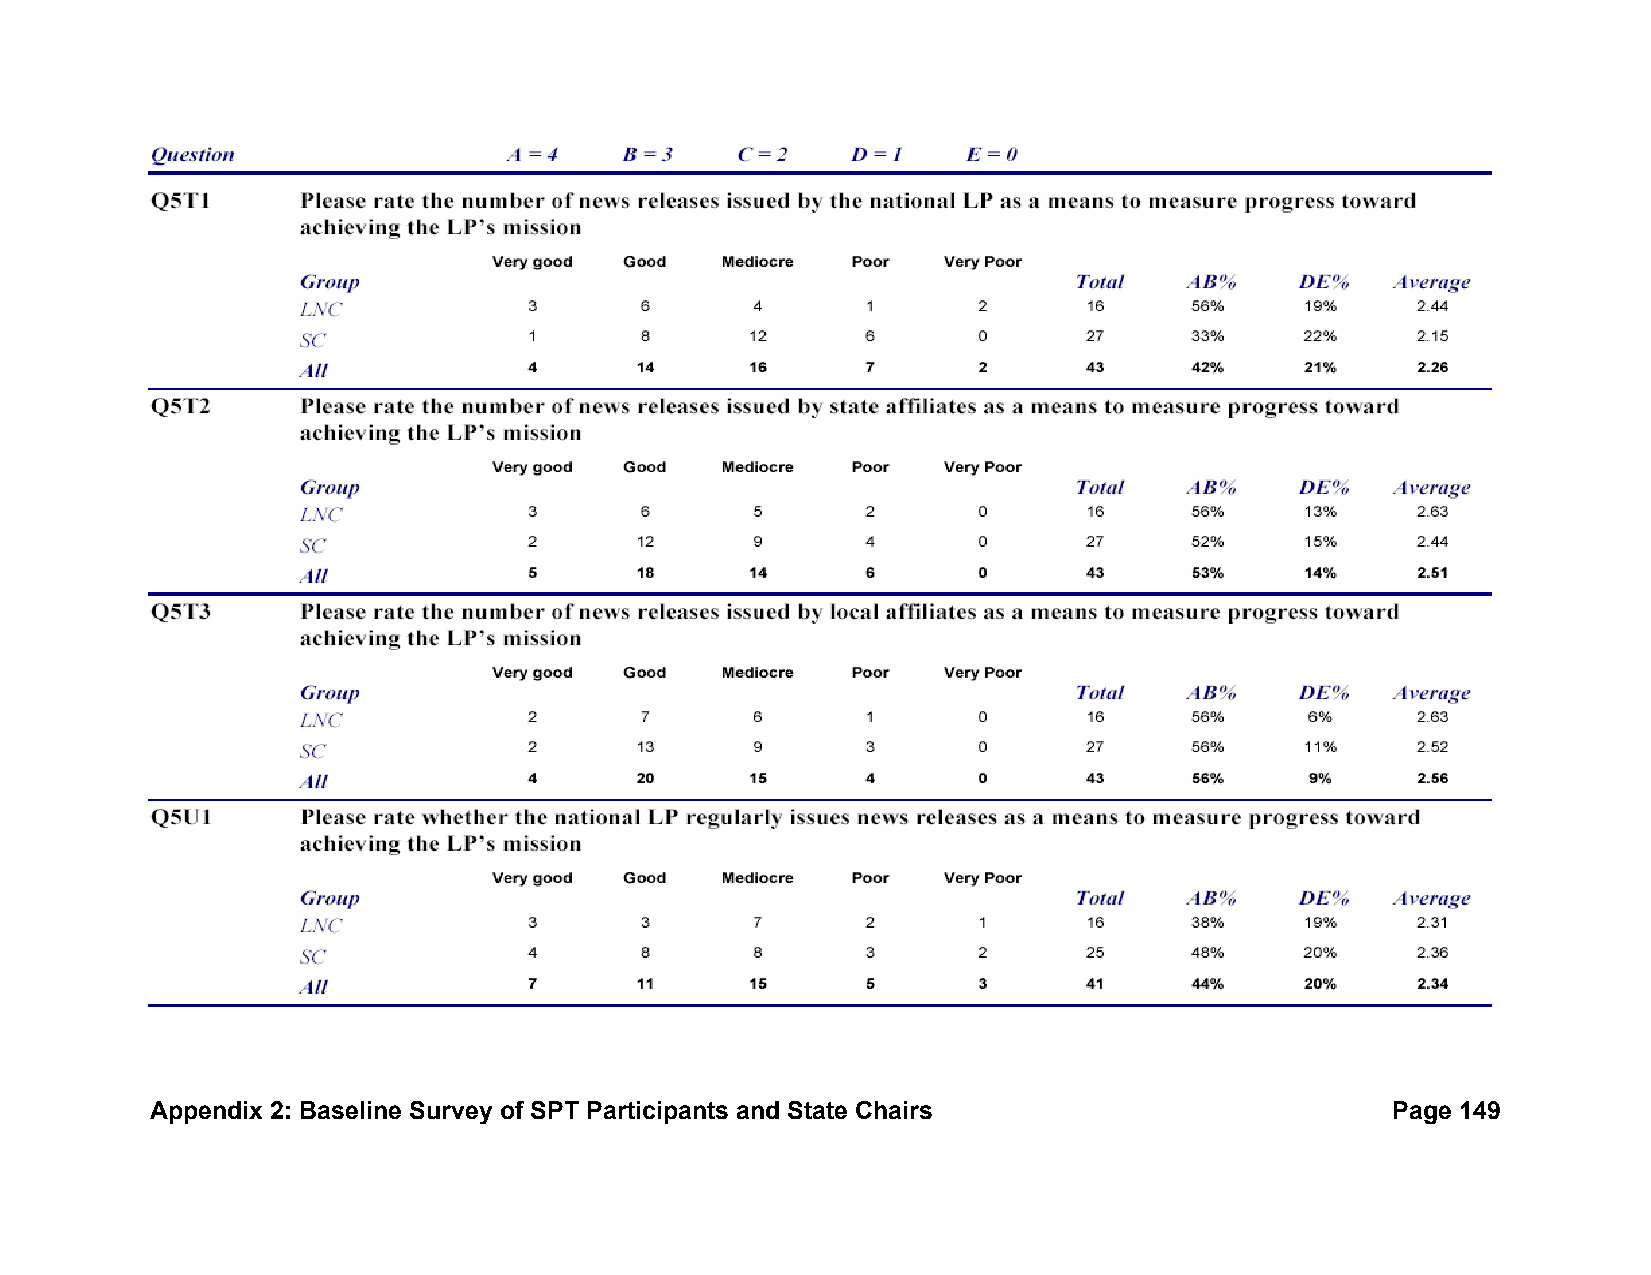
Appendix 2: Baseline Survey of SPT Participants and State Chairs                  Page 149